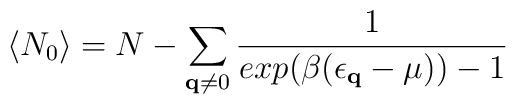
\langle N_{0} \rangle = N - \sum_{ {\bf{q}} \neq 0 } \frac{1}{exp(\beta(\epsilon_{ {\bf{q}} }-\mu)) -  1}